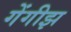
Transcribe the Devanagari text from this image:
गेंगीझ